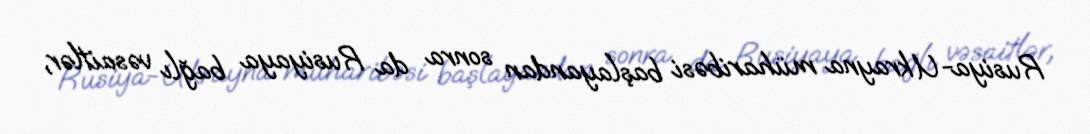
Rusiya-Ukrayna müharibəsi başlayandan sonra da Rusiyaya bağlı vəsaitlər,